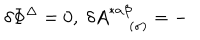
LaTeX: \delta \Phi ^ { \Delta } = 0 , \; \delta A _ { \; ( \sigma ) } ^ { * \alpha \beta } = -